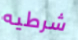
شرطيه